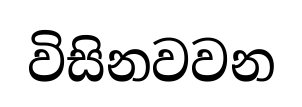
විසිනවවන